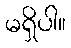
မရှိပါ။